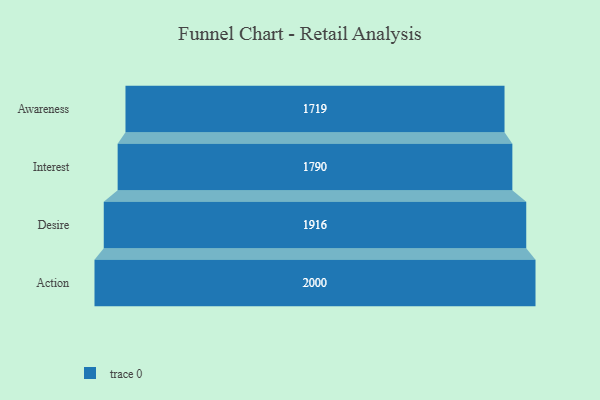
{"axis": {"x": "Stage", "y": "Value"}, "legend": [""], "data": [{"x": "Awareness", "y": 1719.0, "type": ""}, {"x": "Interest", "y": 1790.0, "type": ""}, {"x": "Desire", "y": 1916.0, "type": ""}, {"x": "Action", "y": 2000, "type": ""}]}